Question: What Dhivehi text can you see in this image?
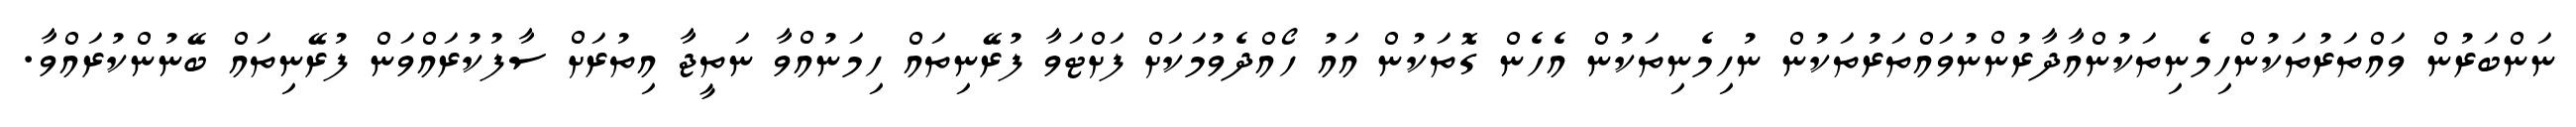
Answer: ނަންބަރުން ވައްތަރުތަކުންހިމެނިތަކުންއާދާރުންނުވައްތަރުތަކުން ނުހިމެނިތަކުން އެހެން ގޮތަކުން އައު ހޯއްދެވުމަކަށް ފަށްޓަވާ ފުރޭނިތައް ހިމަނުއްވާ ނަތީޖާ އިތުރަށް ސާފުކުރައްވަން ފުރޭނިތައް ބޭނުންކުރައްވާ.